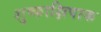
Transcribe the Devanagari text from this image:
शुष्काक्षिपाक